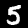
Label: 5